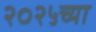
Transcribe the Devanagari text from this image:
२०२५च्या